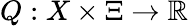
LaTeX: Q:X\times\Xi\rightarrow\mathbb{R}